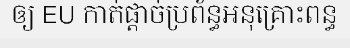
ឲ្យ EU កាត់ផ្តាច់ប្រព័ន្ធអនុគ្រោះពន្ធ